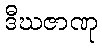
ဒီဃဇာဏု